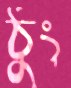
ঠুং